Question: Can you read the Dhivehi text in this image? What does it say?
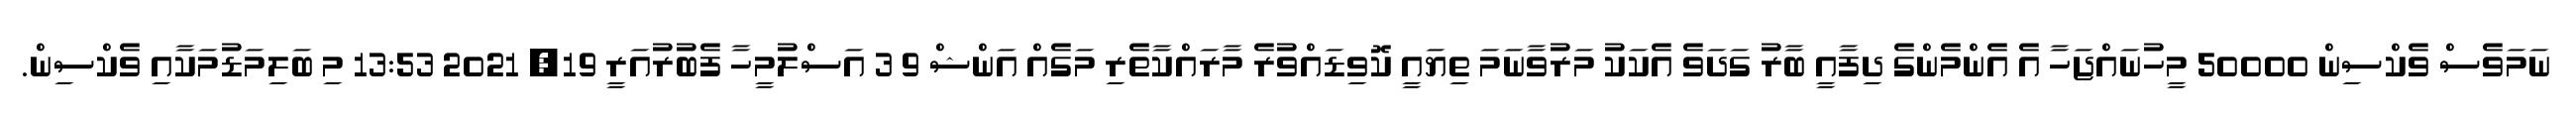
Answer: ނަމަވެސް ވެކްސިން 50000 މީހުނައްޖަހާ އެ އެންމެންގެ ދިފާއީ ބާރު ގަދަވެ އެކަކު މަރުވާނަމަ ތިޔައީ ކޮވިޑައްވުރެ މާރައްކާތެރި މަގެއް އަންޝް 9 3 އަސްލުމީހާ ފެބުރުއަރީ 19, 2021 13:53 މި ބަލިމަޑުމަކާއި ވެކްސިން.